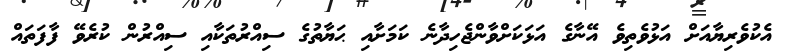
އެކުވެރިޔާއަށް އަޅުވެތިވެ އޭނާގެ އަޅަކަށްވާންޖެހިދާނެ ކަމަށާއި ޙަޔާތުގެ ސިއްރުތަކާއި ސިއްރުން ކުރެވޭ ފާފަތައް